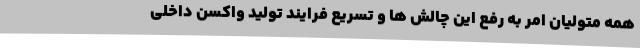
همه متولیان امر به رفع این چالش ها و تسریع فرایند تولید واکسن داخلی